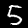
Digit: 5